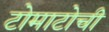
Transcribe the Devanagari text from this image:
टोमाटोची